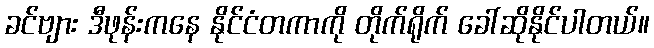
ခင်ဗျား ဒီဖုန်းကနေ နိုင်ငံတကာကို တိုက်ရိုက် ခေါ်ဆိုနိုင်ပါတယ်။